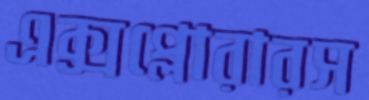
এক্সপ্লোরারস